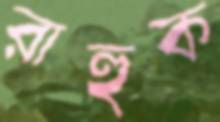
রাহুক